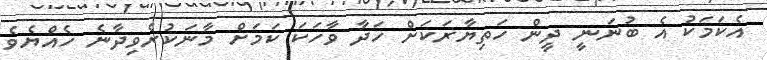
އެކަމަކު އެ ބުނަނީ ދީން ހަތިޔާރަކަށް ހަދާ ވާހަކަ ކަމަށް މާނަކުރެވިދާނެ ހެއްޔެވެ